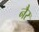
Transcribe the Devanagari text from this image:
नैर